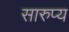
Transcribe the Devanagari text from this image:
सारुप्य